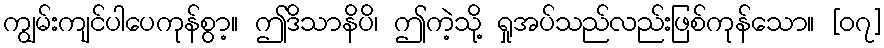
ကျွမ်းကျင်ပါပေကုန်စွာ့။ ဤဒိသာနိပိ၊ ဤကဲ့သို့ ရှုအပ်သည်လည်းဖြစ်ကုန်သော။ [၀၇]